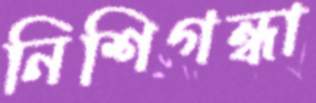
নিশিগন্ধা